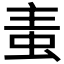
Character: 𧉶